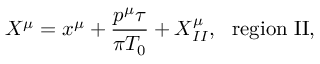
X ^ { \mu } = x ^ { \mu } + \frac { p ^ { \mu } \tau } { \pi { T _ { 0 } } } + X _ { I I } ^ { \mu } , ~ ~ \mathrm { r e g i o n ~ I I } ,